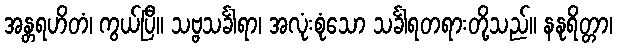
အန္တရဟိတံ၊ ကွယ်ပြီ။ သဗ္ဗသင်္ခါရာ၊ အလုံးစုံသော သင်္ခါရတရားတို့သည်။ နနုရိတ္တာ၊